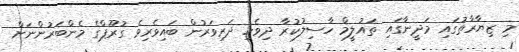
މި ޒިޔާރާތުގައި މަދީނާގައި ތައުލީމް ހާސިލުކުރާ ދިވެހި ދަރިވަރުން ބައިވެރިވެ ގުރޫޕްގެ މެންބަރުންނަށް